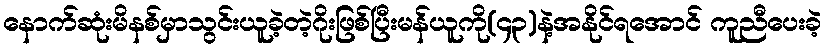
နောက်ဆုံးမိနစ်မှာသွင်းယူခဲ့တဲ့ဂိုးဖြစ်ပြီးမန်ယူကို(၄၃)နဲ့အနိုင်ရအောင် ကူညီပေးခဲ့